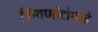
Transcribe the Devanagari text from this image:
जिवणीटोपाने